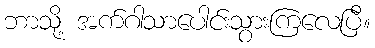
ဘာသို့ အက်ဂါသာပေါင်းသွားကြလေပြီ။